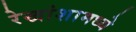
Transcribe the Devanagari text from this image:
रेखांशामध्ये